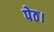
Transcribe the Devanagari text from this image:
पेठ।